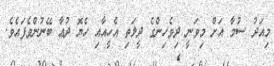
މިއަދު ސުމާ އަށް މިވަނީ ދިވެހިންގެ ދީލަތި އެހީއާއި ހެޔޮ ދުޢާ ބޭނުންވެފައެވެ.